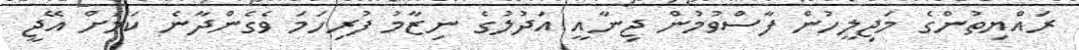
ރައްޔިތުންގެ މަޖިލީހުން ފާސްވުމުން ޖިނާއީ އަދުލުގެ ނިޒާމު ފުރިހަމަ ވެގެންދާނެ ކަމަށް އޭޖީ